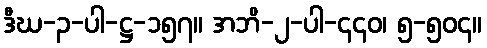
ဒီဃ-၃-ပါ-ဋ္ဌ-၁၅၇။ အဘိ-၂-ပါ-၄၄၀၊ ၅-၅၀၄။